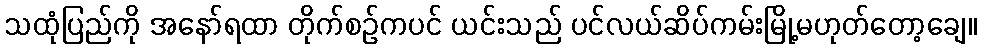
သထုံပြည်ကို အနော်ရထာ တိုက်စဉ်ကပင် ယင်းသည် ပင်လယ်ဆိပ်ကမ်းမြို့မဟုတ်တော့ချေ။